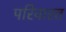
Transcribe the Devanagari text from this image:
परिवारत